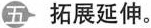
五 拓展延伸.